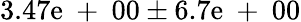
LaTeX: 3.47\mathrm{e}\mathrm{{~+~}}00\pm6.7\mathrm{e}\mathrm{{~+~}}00